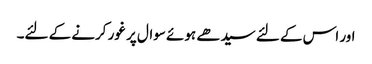
اور اس کے لئے سیدھے ہوئے سوال پر غور کرنے کے لئے۔